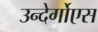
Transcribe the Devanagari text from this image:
उन्देर्गोएस